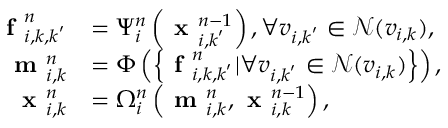
\begin{array} { r l } { \textbf { f } _ { i , k , k ^ { ' } } ^ { n } } & { = \Psi _ { i } ^ { n } \left( \textbf { x } _ { i , k ^ { ' } } ^ { n - 1 } \right) , \forall v _ { i , k ^ { ' } } \in \mathcal { N } ( v _ { i , k } ) , } \\ { \textbf { m } _ { i , k } ^ { n } } & { = \Phi \left( \left\{ \textbf { f } _ { i , k , k ^ { ' } } ^ { n } | \forall v _ { i , k ^ { ' } } \in \mathcal { N } ( v _ { i , k } ) \right\} \right) , } \\ { \textbf { x } _ { i , k } ^ { n } } & { = \Omega _ { i } ^ { n } \left( \textbf { m } _ { i , k } ^ { n } , \textbf { x } _ { i , k } ^ { n - 1 } \right) , } \end{array}